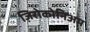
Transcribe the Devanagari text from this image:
ज़िरोकोनिअम